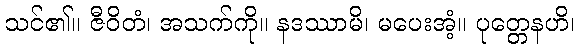
သင်၏။ ဇီဝိတံ၊ အသက်ကို။ နဒဿာမိ၊ မပေးအံ့။ ပုတ္တေနဟိ၊